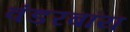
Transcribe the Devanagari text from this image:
वंडरबॉय